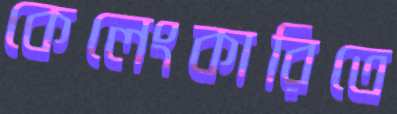
কেলেংকারিতে